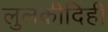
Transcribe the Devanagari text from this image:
लुलकीदिही